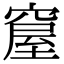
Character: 𥧊